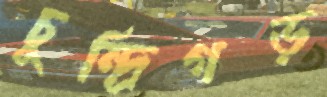
চুন্দ্রিগড়